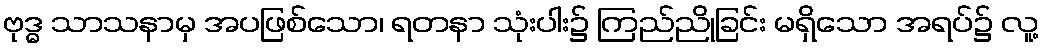
ဗုဒ္ဓ သာသနာမှ အပဖြစ်သော၊ ရတနာ သုံးပါး၌ ကြည်ညိုခြင်း မရှိသော အရပ်၌ လူ့